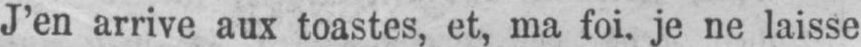
J’en arrive aux toastes, et, ma foi. je ne laisse